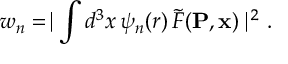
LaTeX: w _ { n } = \mid \! \int d ^ { 3 } x \, \psi _ { n } ( r ) \, \tilde { F } ( { \bf P } , { \bf x } ) \! \mid ^ { 2 } .